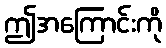
ဤအကြောင်းကို